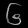
Digit: ၆